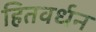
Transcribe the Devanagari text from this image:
हितवर्धन